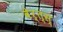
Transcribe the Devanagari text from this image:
वेर्त्स्